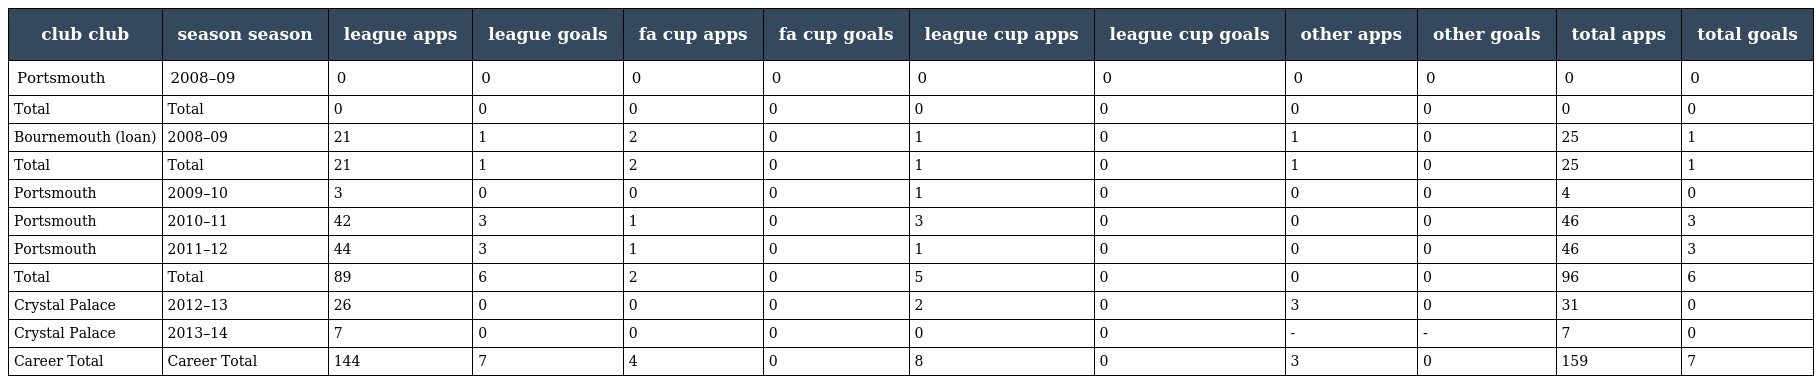
| club club | season season | league apps | league goals | fa cup apps | fa cup goals | league cup apps | league cup goals | other apps | other goals | total apps | total goals |
 | --- | --- | --- | --- | --- | --- | --- | --- | --- | --- | --- | --- |
 | Portsmouth | 2008–09 | 0 | 0 | 0 | 0 | 0 | 0 | 0 | 0 | 0 | 0 |
 | Total | Total | 0 | 0 | 0 | 0 | 0 | 0 | 0 | 0 | 0 | 0 |
 | Bournemouth (loan) | 2008–09 | 21 | 1 | 2 | 0 | 1 | 0 | 1 | 0 | 25 | 1 |
 | Total | Total | 21 | 1 | 2 | 0 | 1 | 0 | 1 | 0 | 25 | 1 |
 | Portsmouth | 2009–10 | 3 | 0 | 0 | 0 | 1 | 0 | 0 | 0 | 4 | 0 |
 | Portsmouth | 2010–11 | 42 | 3 | 1 | 0 | 3 | 0 | 0 | 0 | 46 | 3 |
 | Portsmouth | 2011–12 | 44 | 3 | 1 | 0 | 1 | 0 | 0 | 0 | 46 | 3 |
 | Total | Total | 89 | 6 | 2 | 0 | 5 | 0 | 0 | 0 | 96 | 6 |
 | Crystal Palace | 2012–13 | 26 | 0 | 0 | 0 | 2 | 0 | 3 | 0 | 31 | 0 |
 | Crystal Palace | 2013–14 | 7 | 0 | 0 | 0 | 0 | 0 | - | - | 7 | 0 |
 | Career Total | Career Total | 144 | 7 | 4 | 0 | 8 | 0 | 3 | 0 | 159 | 7 |